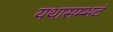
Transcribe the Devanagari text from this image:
यथासम्भवं